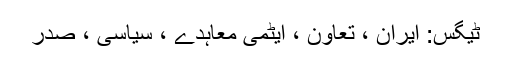
ٹیگس: ایران ، تعاون ، ایٹمی معاہدے ، سیاسی ، صدر